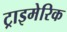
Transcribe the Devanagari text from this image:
ट्राइमेरिक